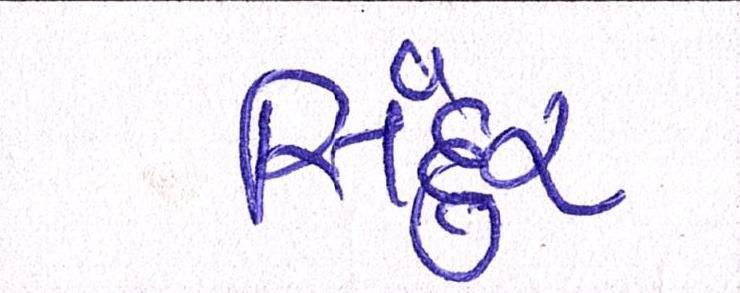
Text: સિંદુર